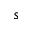
s